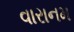
વારાનમ